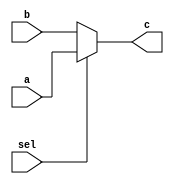
`timescale 1ns / 1ps
//////////////////////////////////////////////////////////////////////////////////
// Company: 
// Engineer: 
// 
// Design Name: 
// Module Name:    mux10 
// Project Name: 
// Target Devices: 
// Tool versions: 
// Description: 
//
// Dependencies: 
//
// Revision: 
// Revision 0.01 - File Created
// Additional Comments: 
//
//////////////////////////////////////////////////////////////////////////////////
module mux10(
    input [31:0] a,
    input [31:0] b,
    input sel,
    output [31:0] c
    );
	 assign c = (sel)?a:b;
   


endmodule